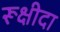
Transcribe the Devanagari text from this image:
रूक्षीदा